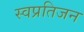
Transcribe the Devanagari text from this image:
स्वप्रतिजन